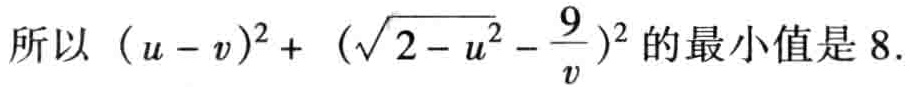
所以 \((u - v)^{2}+ (\sqrt{2 - u^{2}} - \frac{9}{v})^{2}\) 的最小值是 \(8\).